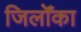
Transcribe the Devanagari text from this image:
जिलोँका